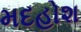
મદહોશ